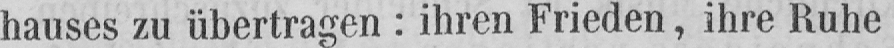
hauses zu übertragen: ihren Frieden, ihre Ruhe